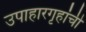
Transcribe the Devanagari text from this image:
उपाहारगृहांची